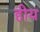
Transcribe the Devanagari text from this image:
हीय